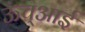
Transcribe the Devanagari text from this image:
ऊंच्आई